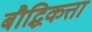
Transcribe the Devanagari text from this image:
बौद्धिकत्ता